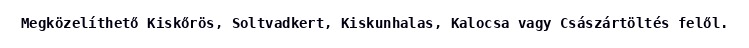
Megközelíthető Kiskőrös, Soltvadkert, Kiskunhalas, Kalocsa vagy Császártöltés felől.